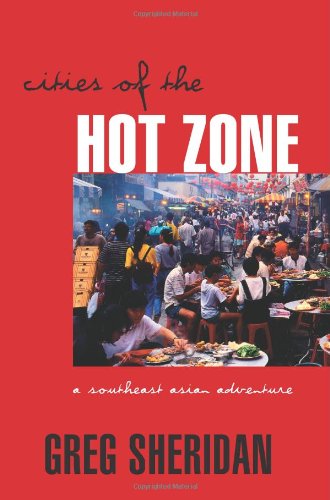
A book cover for Cities of the Hot Zone: A Southeast Asian Adventure; Greg Sheridan; Travel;